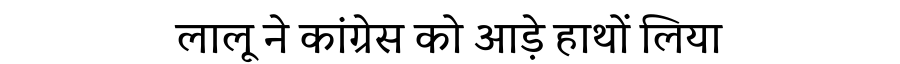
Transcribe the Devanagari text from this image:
लालू ने कांग्रेस को आड़े हाथों लिया